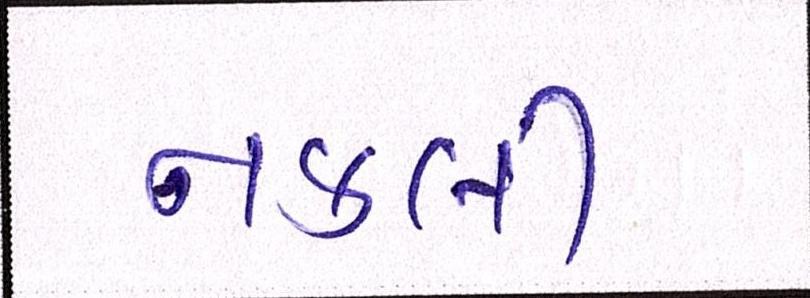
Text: નકલી